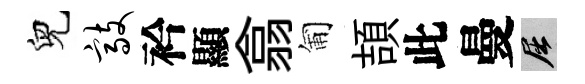
兒敲衿顯翕匍頡此曼屈